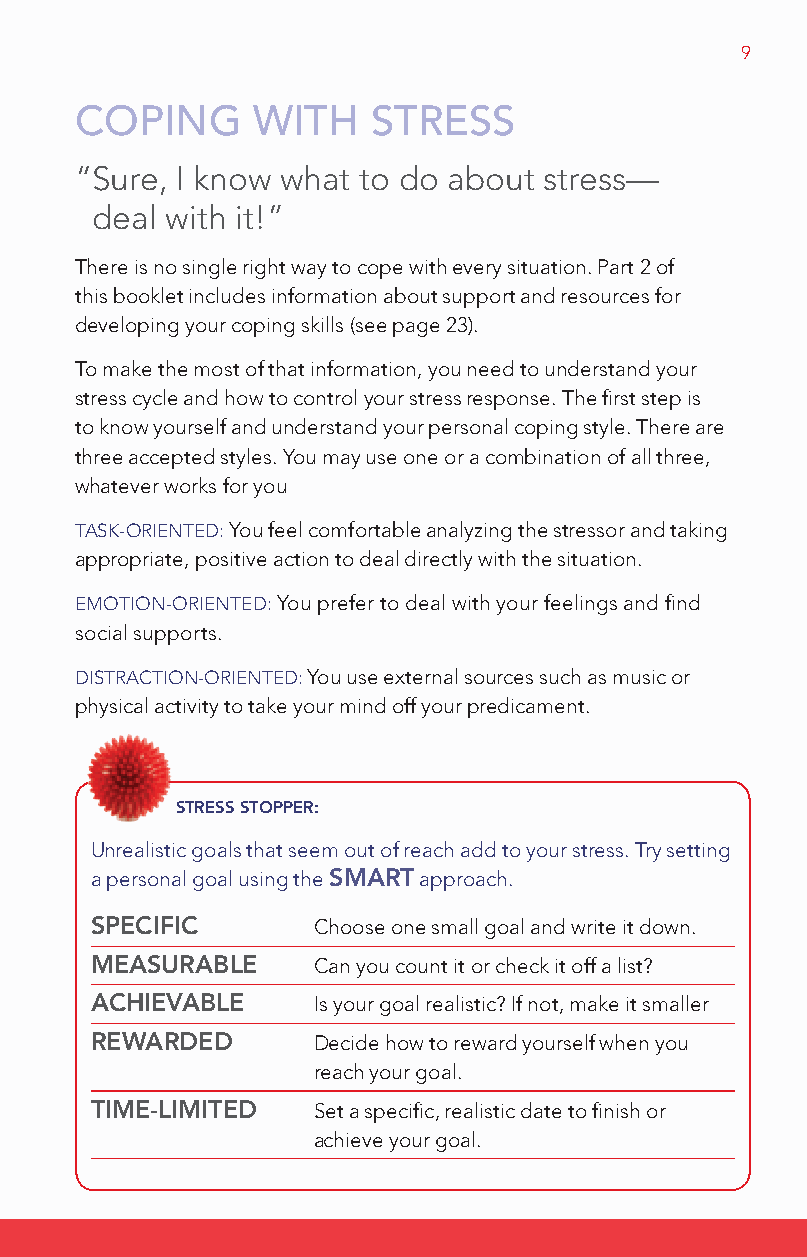
9
 CoPiNg      WiTh    STReSS
 “S ure, I know what to do about stress—
 deal with it!”
 There is no single right way to cope with every situation. Part 2 of
 this booklet includes information about support and resources for
 developing your coping skills (see page 23).
 To make the most of that information, you need to understand your
 stress cycle and how to control your stress response. The first step is
 to know yourself and understand your personal coping style. There are
 three accepted styles. You may use one or a combination of all three,
 whatever works for you
 TASK-ORIENTED: You feel comfortable analyzing the stressor and taking
 appropriate, positive action to deal directly with the situation.
 EMOTION-ORIENTED: You prefer to deal with your feelings and find
 social supports.
 DISTRACTION-ORIENTED: You use external sources such as music or
 physical activity to take your mind off your predicament.
 STRESS SToppER:
 Unrealistic goals that seem out of reach add to your stress. Try setting
 a personal goal using the SmaRT approach.
 SpEcIfIc       Choose one small goal and write it down.
 mEaSuRablE     Can you count it or check it off a list?
 acHIEVablE     Is your goal realistic? If not, make it smaller
 REWaRdEd       Decide how to reward yourself when you
 reach your goal.
 TImE-lImITEd   Set a specific, realistic date to finish or
 achieve your goal.
 DA_HSFCcoping-Englishresized.indd 9      4/19/10 1:09:07 PM